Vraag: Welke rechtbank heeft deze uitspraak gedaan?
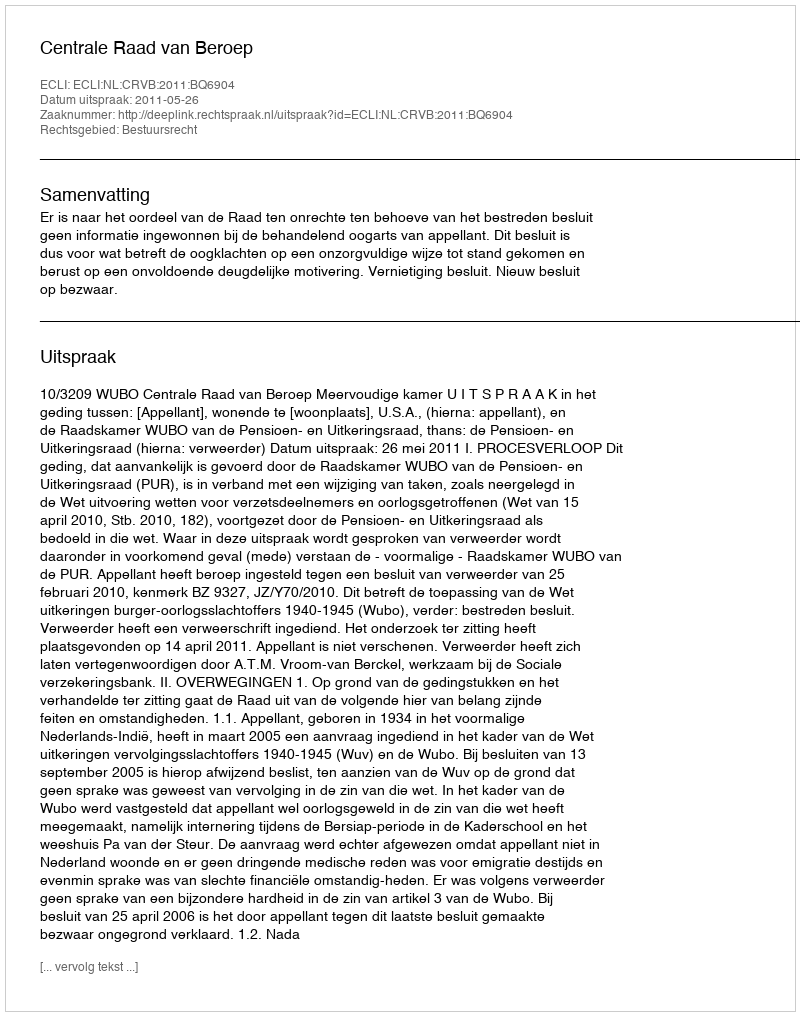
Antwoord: Centrale Raad van Beroep